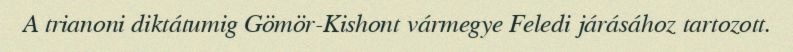
A trianoni diktátumig Gömör-Kishont vármegye Feledi járásához tartozott.